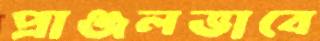
প্রাঞ্জলভাবে